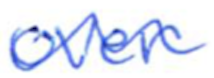
Text: over
Cross-out: mix
Writing tool: ballpoint